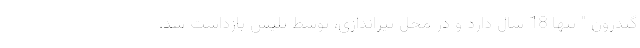
گندرون " تنها 18 سال دارد و در محل تیراندازی، توسط پلیس بازداشت شد.